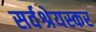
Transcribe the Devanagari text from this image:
सर्वश्रेयस्कर